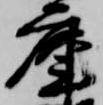
庫